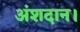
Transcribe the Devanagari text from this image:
अंशदान।